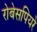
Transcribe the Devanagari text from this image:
रोबेसपियरे